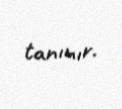
tanınır.